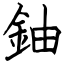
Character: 鈾